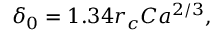
\delta _ { 0 } = 1 . 3 4 r _ { c } C a ^ { 2 / 3 } ,